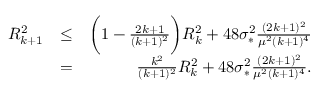
\begin{array} { r l r } { R _ { k + 1 } ^ { 2 } } & { \leq } & { \bigg ( 1 - \frac { 2 k + 1 } { ( k + 1 ) ^ { 2 } } \bigg ) R _ { k } ^ { 2 } + 4 8 \sigma _ { * } ^ { 2 } \frac { ( 2 k + 1 ) ^ { 2 } } { \mu ^ { 2 } ( k + 1 ) ^ { 4 } } } \\ & { = } & { \frac { k ^ { 2 } } { ( k + 1 ) ^ { 2 } } R _ { k } ^ { 2 } + 4 8 \sigma _ { * } ^ { 2 } \frac { ( 2 k + 1 ) ^ { 2 } } { \mu ^ { 2 } ( k + 1 ) ^ { 4 } } . } \end{array}